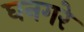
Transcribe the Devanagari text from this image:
घनगरे